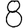
Digit: 8